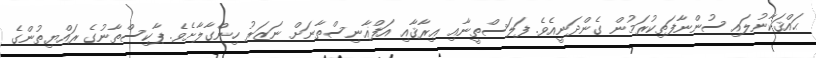
ޙައްޤަކާނުލައި ސުންނާފަތިކުރަމުން ގެންދަނީއެވެ. ފަލަސްތީނާއި ޢިރާޤާއި އަފްޣާނިސްތާނަށް ނަޒަރު ހިންގާލާށެވެ. ޕާކިސްތާނުގެ ރައްޔިތުންގެ